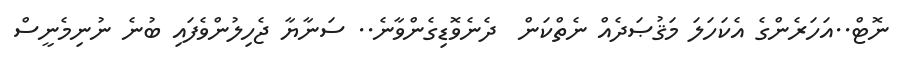
ނޮޓް..އަހަރެންގެ އެކަހަލަ މަޤުޞަދެއް ނެތްކަން  ދެނެވޮޑިގެންވާނެ.. ސަނާޔާ ޖެހިލުންވެފައި ބުނެ ނުނިމެނީސް